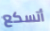
أتسكع